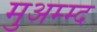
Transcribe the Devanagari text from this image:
मुअम्म्द